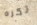
تكره